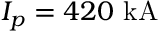
I _ { p } = 4 2 0 ~ \mathrm { k A }